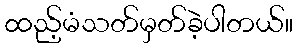
ထည့်မံသတ်မှတ်ခဲ့ပါတယ်။